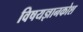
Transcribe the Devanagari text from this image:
विषयज्ञानकोश